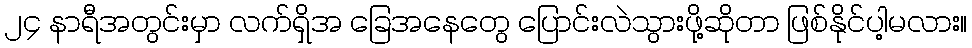
၂၄ နာရီအတွင်းမှာ လက်ရှိအ ခြေအနေတွေ ပြောင်းလဲသွားဖို့ဆိုတာ ဖြစ်နိုင်ပါ့မလား။